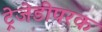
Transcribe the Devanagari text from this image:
ट्रेजेडीपरक